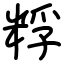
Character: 粰